Problem: 12 + 18 = ?
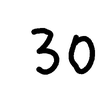
Handwritten answer: 30